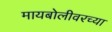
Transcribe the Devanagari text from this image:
मायबोलीवरच्या